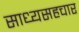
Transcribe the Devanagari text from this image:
साध्यसहचार